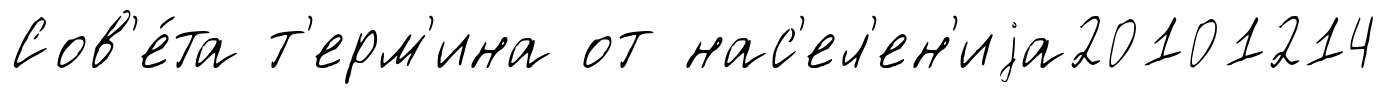
Сов'е́та т'ерм'ина от нас'ел'ен'иjа20101214